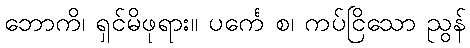
ဘောကိ၊ ရှင်မိဖုရား။ ပင်္ကေ စ၊ ကပ်ငြိသော ညွန်